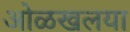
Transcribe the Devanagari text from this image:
ओळखलया